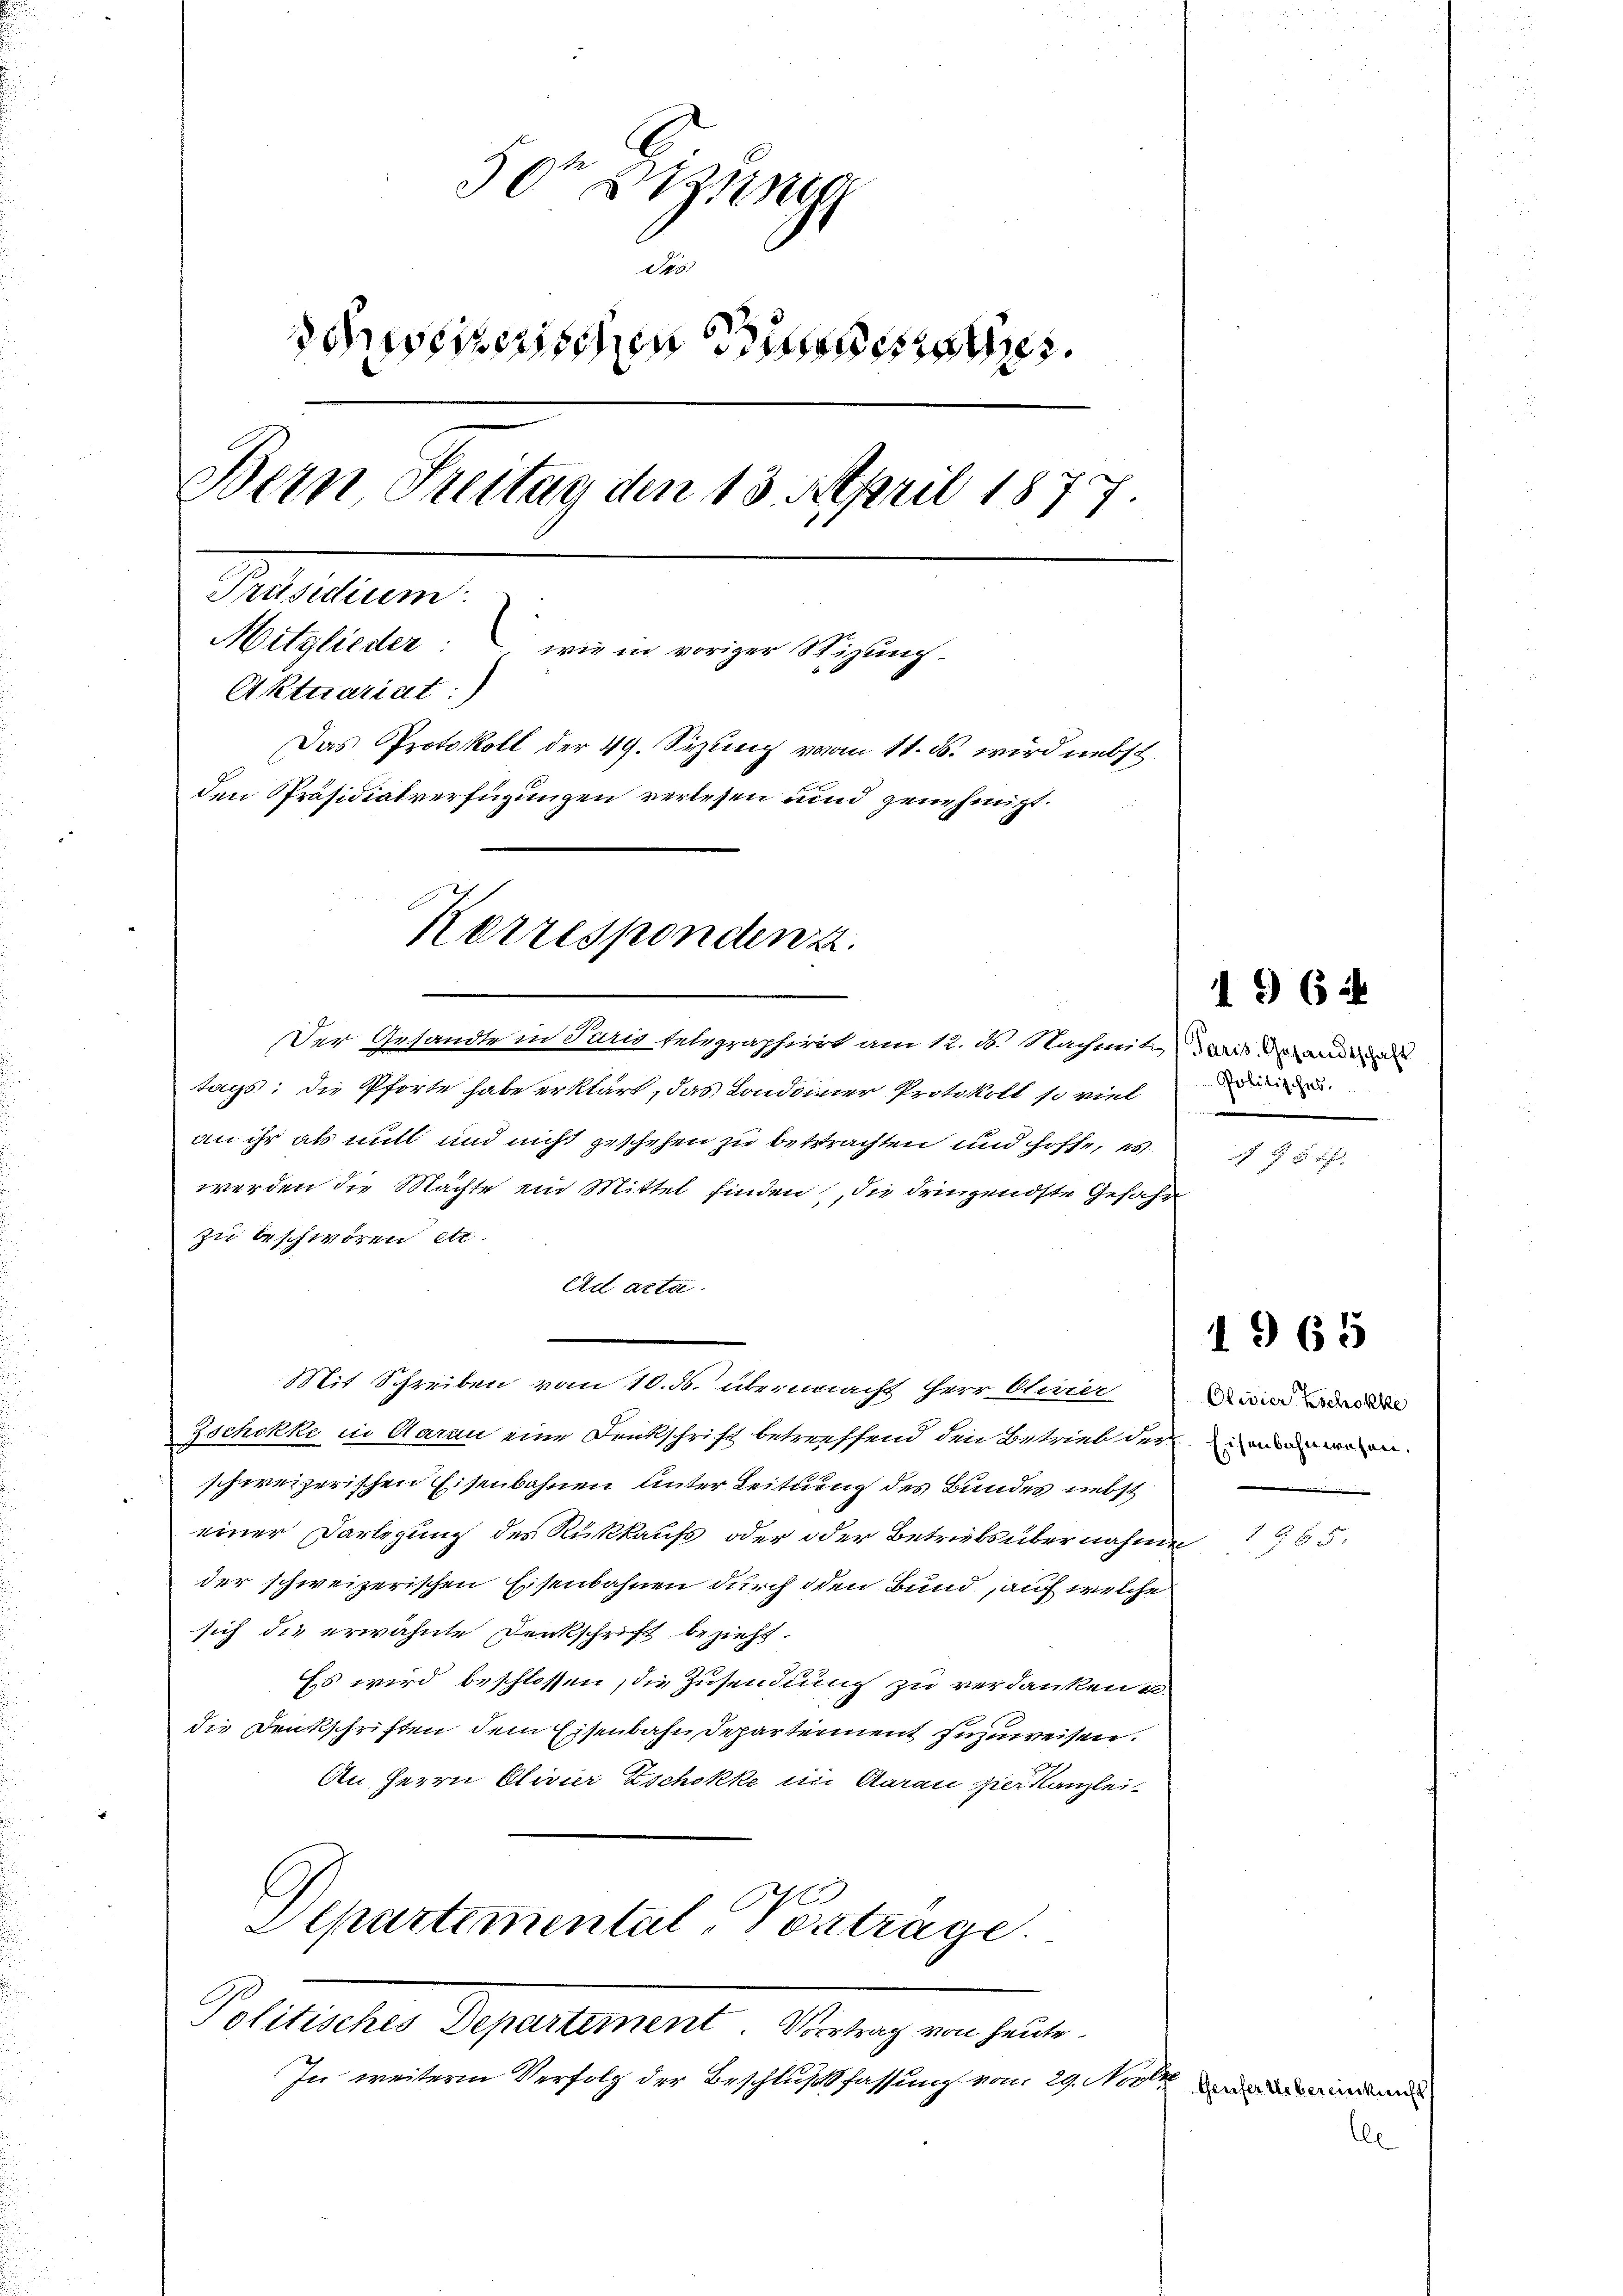
50 un
Der
scussierischen Bunde
Bern Freitag den 13. April 1877.
Museum
Mitglieder wie in voriger Stizung.
Aktuariat:)
Das Protokoll der 49. Sizung vom 11. ds. wird nebst
den Präsidialverfügungen verlesen und genehmigt.

Korresponden u.

Der Gesandte in Paris telegraphirrt am 12. ds. Nachmitaris der andernde
tags; die Pforte habe erklärt, das Londonner Protokoll so viel
an ihr als mitt und nicht geschehen zu betrachten und hoffe, es
werden die Machte ein Mittel finden, die dringendste Gefahr
zu beschwören etc.
Ad acta
Mit Schreiben vom 10. ds. übermacht Herr Olivier
Zschokke in Aarau eine Denkschrift betreffend den Betrieb der in den waren
schweizerischen Eisenbahnen Unter Leitung des Bundes nebst
einer Darlegung des Rückkaufs, oder oder Betriebsübernahme
der schweizerischen Eisenbahnen durch den Bund, auf welche
sich die erwähnte Denkschrift bezieht.
Es wird beschlossen, die Zusendung zu verdanken u.
die Denkschriften dem Eisenbahn, Departement zuzuweisen.
An Herrn Olivier Zschokke in Aarau hier Kanzlei-
Departimental, Vortrage.
Politische Departement en tit.
In weiteren Verfolg der Beschlußfassung vom 29. Novenau minden

Politisches.

1962

x

Olivier Zschokke

1965

1965.

le